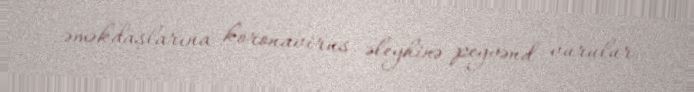
əməkdaşlarına koronavirus əleyhinə peyvənd vurulur.